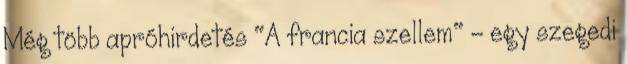
Még több apróhirdetés "A francia szellem" - egy szegedi